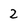
Character: 2